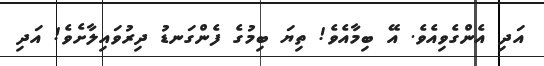
އަދި އެންގެވިއެވެ. އޭ ބިމާއެވެ! ތިޔަ ބިމުގެ ފެންގަނޑު ދިރުވައިލާށެވެ! އަދި